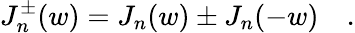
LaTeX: J_{n}^{\pm}(w)=J_{n}(w)\pm J_{n}(-w)\quad.